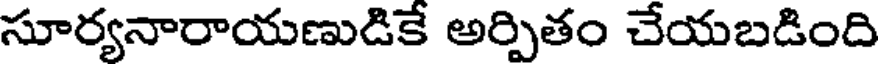
సూర్యనారాయణుడికే అర్పితం చేయబడింది